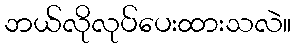
ဘယ်လိုလုပ်ပေးထားသလဲ။